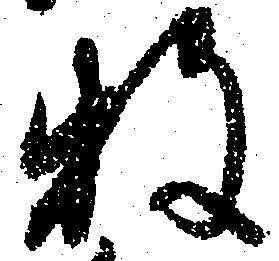
牧